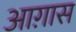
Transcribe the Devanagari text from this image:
आग़ास